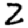
Digit: 2